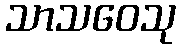
သာသဝေသု